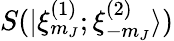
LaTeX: S(|\xi_{m_{J}}^{(1)};\xi_{-m_{J}}^{(2)}\rangle)